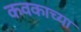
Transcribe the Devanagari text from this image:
कवकाच्या